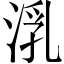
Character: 㳶